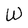
Character: W